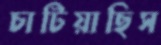
চাটিয়াছিস